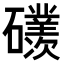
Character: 𥗢